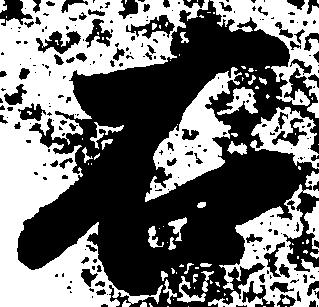
右